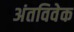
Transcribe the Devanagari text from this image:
अंतविवेक